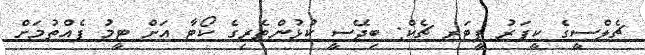
ޗެލްސީގެ ކީޕަރު ޕީޓަރ ޗެކް: ބިދޭސީ ކުޅުންތެރިގެ ކޯޓާ އަށް ޓީމު ފެއްތުމަށް